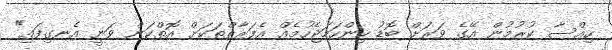
ހިއްސާ ކުރުމުން އޭގެ ވަރަށް ބޮޑު ހިންހަމަޖެހުމެއް އެފަރާތްތަކަށް އޮތްކަން ވަނީ އެނގިފައި"